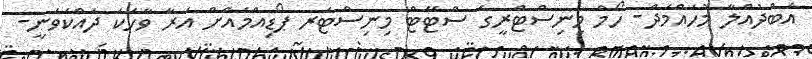
އަބްދުއްލާ މުހައްމަދް- ހޯމް މިނިސްޓްރީގެ ސްޓޭޓް މިނިސްޓަރ ޕޯޑިއްމައްށް އަރާ ވާހަކަ ދައްކަވަނީ-